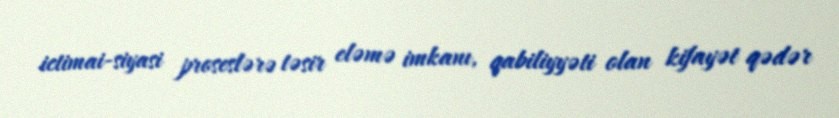
ictimai-siyasi proseslərə təsir eləmə imkanı, qabiliyyəti olan kifayət qədər